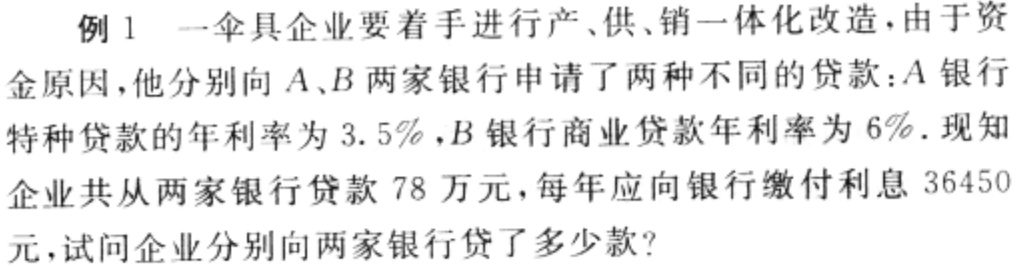
例 1 一伞具企业要着手进行产、供、销一体化改造，由于资金原因，他分别向 \(A、B\) 两家银行申请了两种不同的贷款：\(A\) 银行特种贷款的年利率为 \(3.5\%\)，\(B\) 银行商业贷款年利率为 \(6\%\)。现知企业共从两家银行贷款 \(78\) 万元，每年应向银行缴付利息 \(36450\) 元，试问企业分别向两家银行贷了多少款？